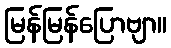
မြန်မြန်ပြောဗျာ။